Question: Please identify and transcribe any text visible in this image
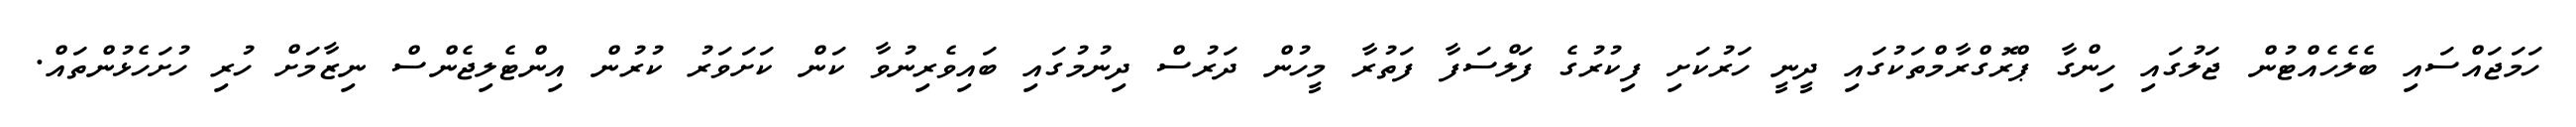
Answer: ހަމަޖައްސައި ބެލެހެއްޓުން ޖަލުގައި ހިންގާ ޕްރޮގްރާމްތަކުގައި ދީނީ ހަރުކަށި ފިކުރުގެ ފަލްސަފާ ފަތުރާ މީހުން ދަރުސް ދިނުމުގައި ބައިވެރިނުވާ ކަން ކަށަވަރު ކުރުން އިންޓެލިޖެންސް ނިޒާމަށް ހުރި ހުށަހެޅުންތައް.